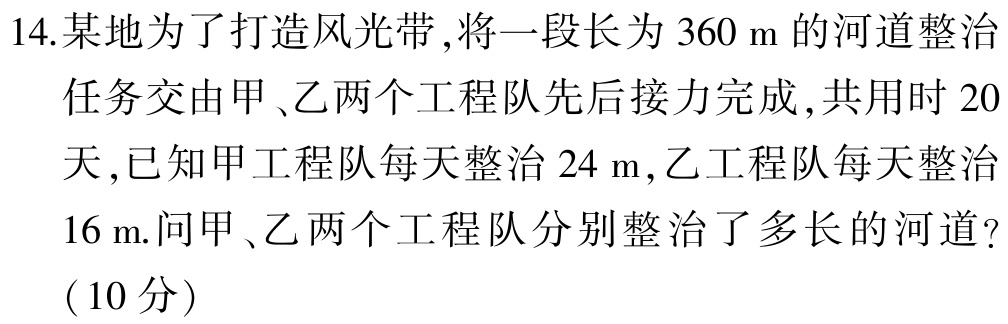
14.某地为了打造风光带,将一段长为 \(360\mathrm{m}\) 的河道整治
任务交由甲、乙两个工程队先后接力完成,共用时 \(20\)
天,已知甲工程队每天整治 \(24\mathrm{m}\),乙工程队每天整治
\(16\mathrm{m}\).问甲、乙两个工程队分别整治了多长的河道?
(10分)